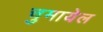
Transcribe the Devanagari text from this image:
चुमायेल